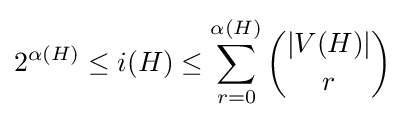
2^{\alpha (H)}\leq i(H)\leq \sum _{r=0}^{\alpha (H)}{|V(H)| \choose r}